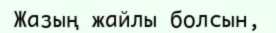
Жазың жайлы болсын,